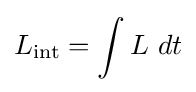
L_{\mathrm {int} }=\int L\ dt